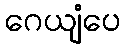
ဂေယျံပေ